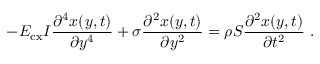
- E _ { \mathrm { c x } } I \frac { \partial ^ { 4 } { x ( y , t ) } } { \partial { y ^ { 4 } } } + \sigma \frac { \partial ^ { 2 } { x ( y , t ) } } { \partial { y ^ { 2 } } } = \rho S \frac { \partial ^ { 2 } { x ( y , t ) } } { \partial { t ^ { 2 } } } ~ .